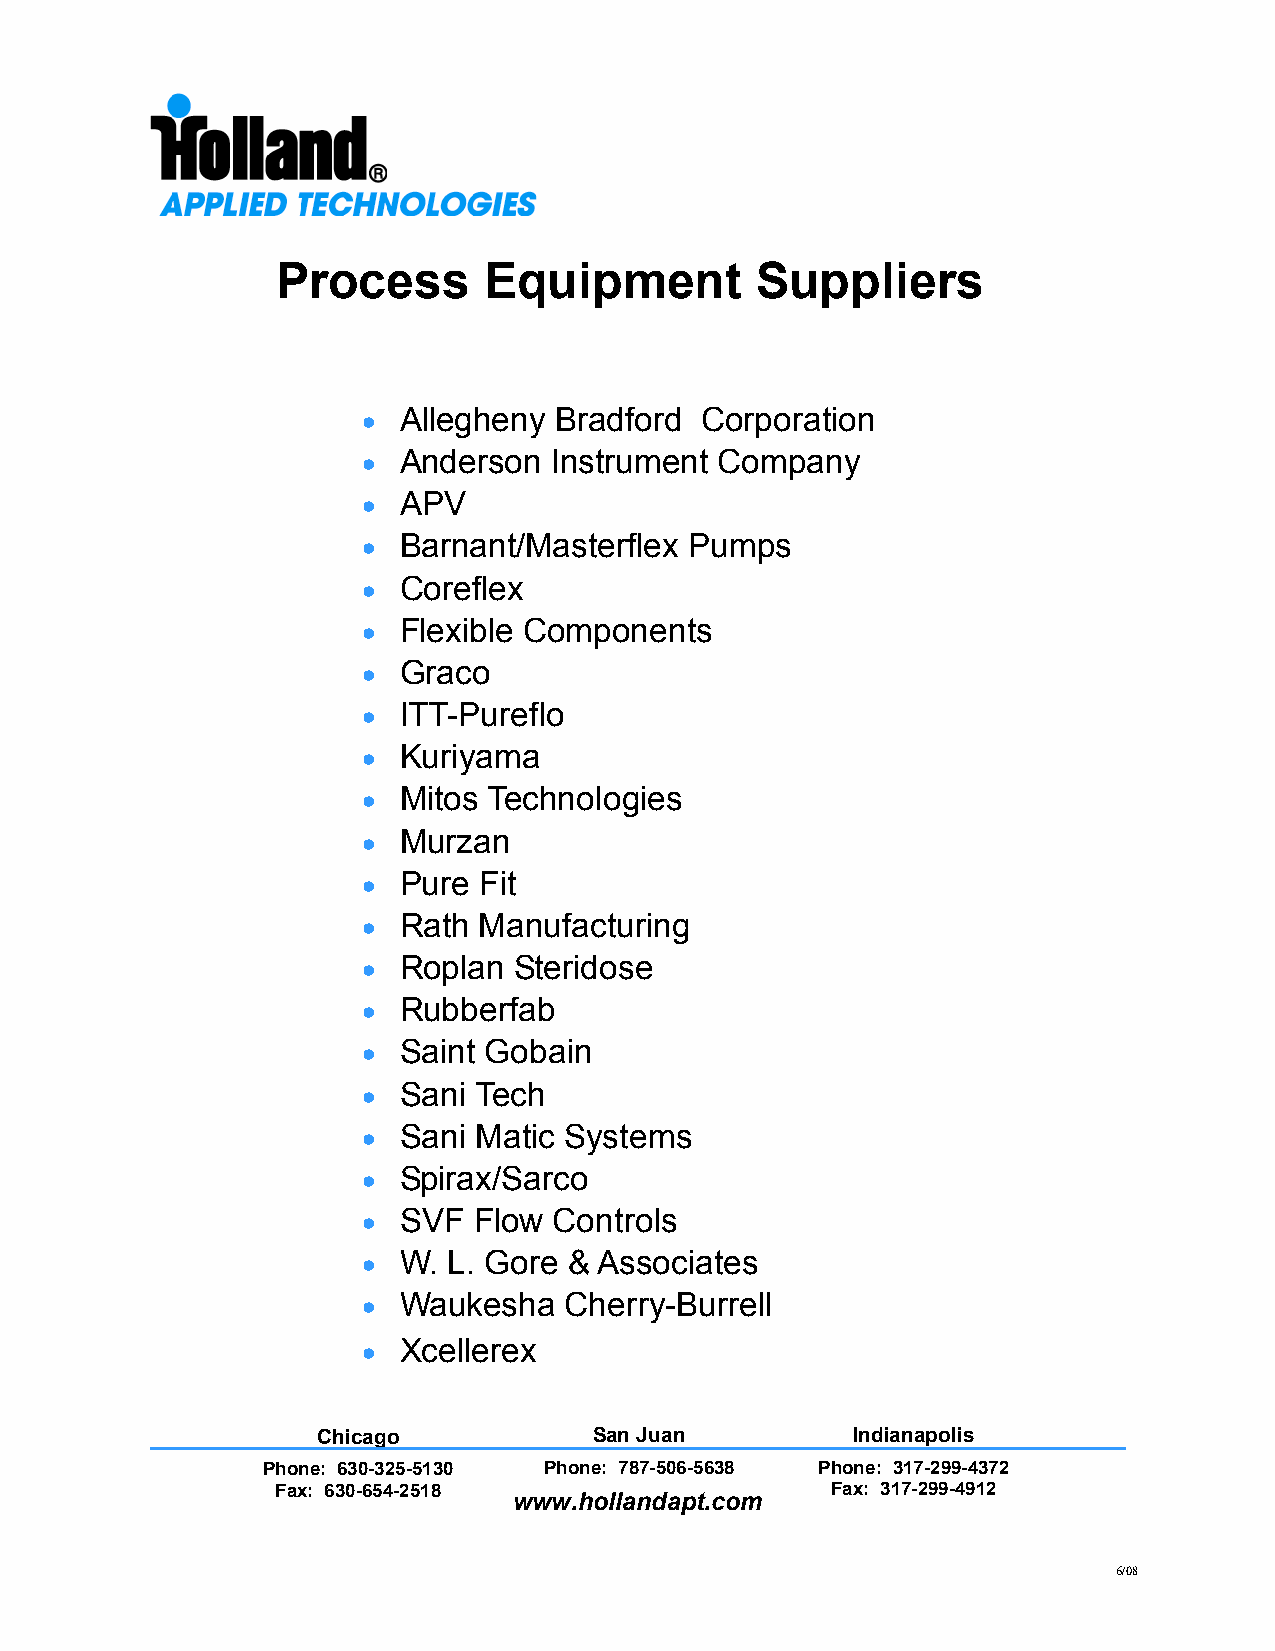
Process       Equipment         Suppliers
 • Allegheny  Bradford Corporation
 • Anderson   Instrument Company
 • APV
 • Barnant/Masterflex  Pumps
 • Coreflex
 • Flexible Components
 • Graco
 • ITT-Pureflo
 • Kuriyama
 • Mitos Technologies
 • Murzan
 • Pure  Fit
 • Rath  Manufacturing
 • Roplan  Steridose
 • Rubberfab
 • Saint Gobain
 • Sani Tech
 • Sani  Matic Systems
 • Spirax/Sarco
 • SVF  Flow  Controls
 • W.  L. Gore & Associates
 • Waukesha   Cherry-Burrell
 • Xcellerex
 Chicago           San Juan         Indianapolis
 Phone: 630-325-5130 Phone: 787-506-5638 Phone: 317-299-4372
 Fax: 630-654-2518                    Fax: 317-299-4912
 www.hollandapt.com
 6/08